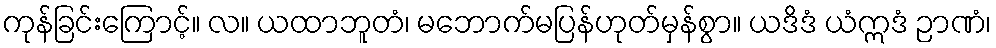
ကုန်ခြင်းကြောင့်။ လ။ ယထာဘူတံ၊ မဘောက်မပြန်ဟုတ်မှန်စွာ။ ယဒိဒံ ယံဣဒံ ဉာဏံ၊